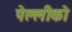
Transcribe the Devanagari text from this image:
पेल्लीको